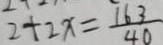
2 + 2 x = \frac { 1 6 3 } { 4 0 }